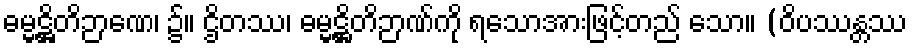
ဓမ္မဋ္ဌိတိဉာဏေ၊ ၌။ ဌိတဿ၊ ဓမ္မဋ္ဌိတိဉာဏ်ကို ရသောအားဖြင့်တည် သော။ (ဝိပဿန္တဿ